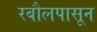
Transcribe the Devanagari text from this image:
रबौलपासून